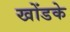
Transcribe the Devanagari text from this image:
खोंडके